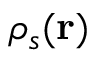
\rho _ { s } ( \mathbf { r } )